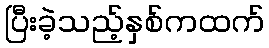
ပြီးခဲ့သည့်နှစ်ကထက်